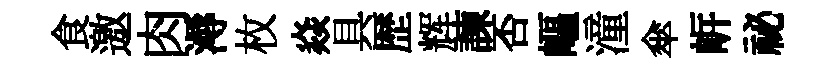
食邀肉溽枚焱具歴辉諫否嶇潼傘㟁祕